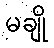
မချို